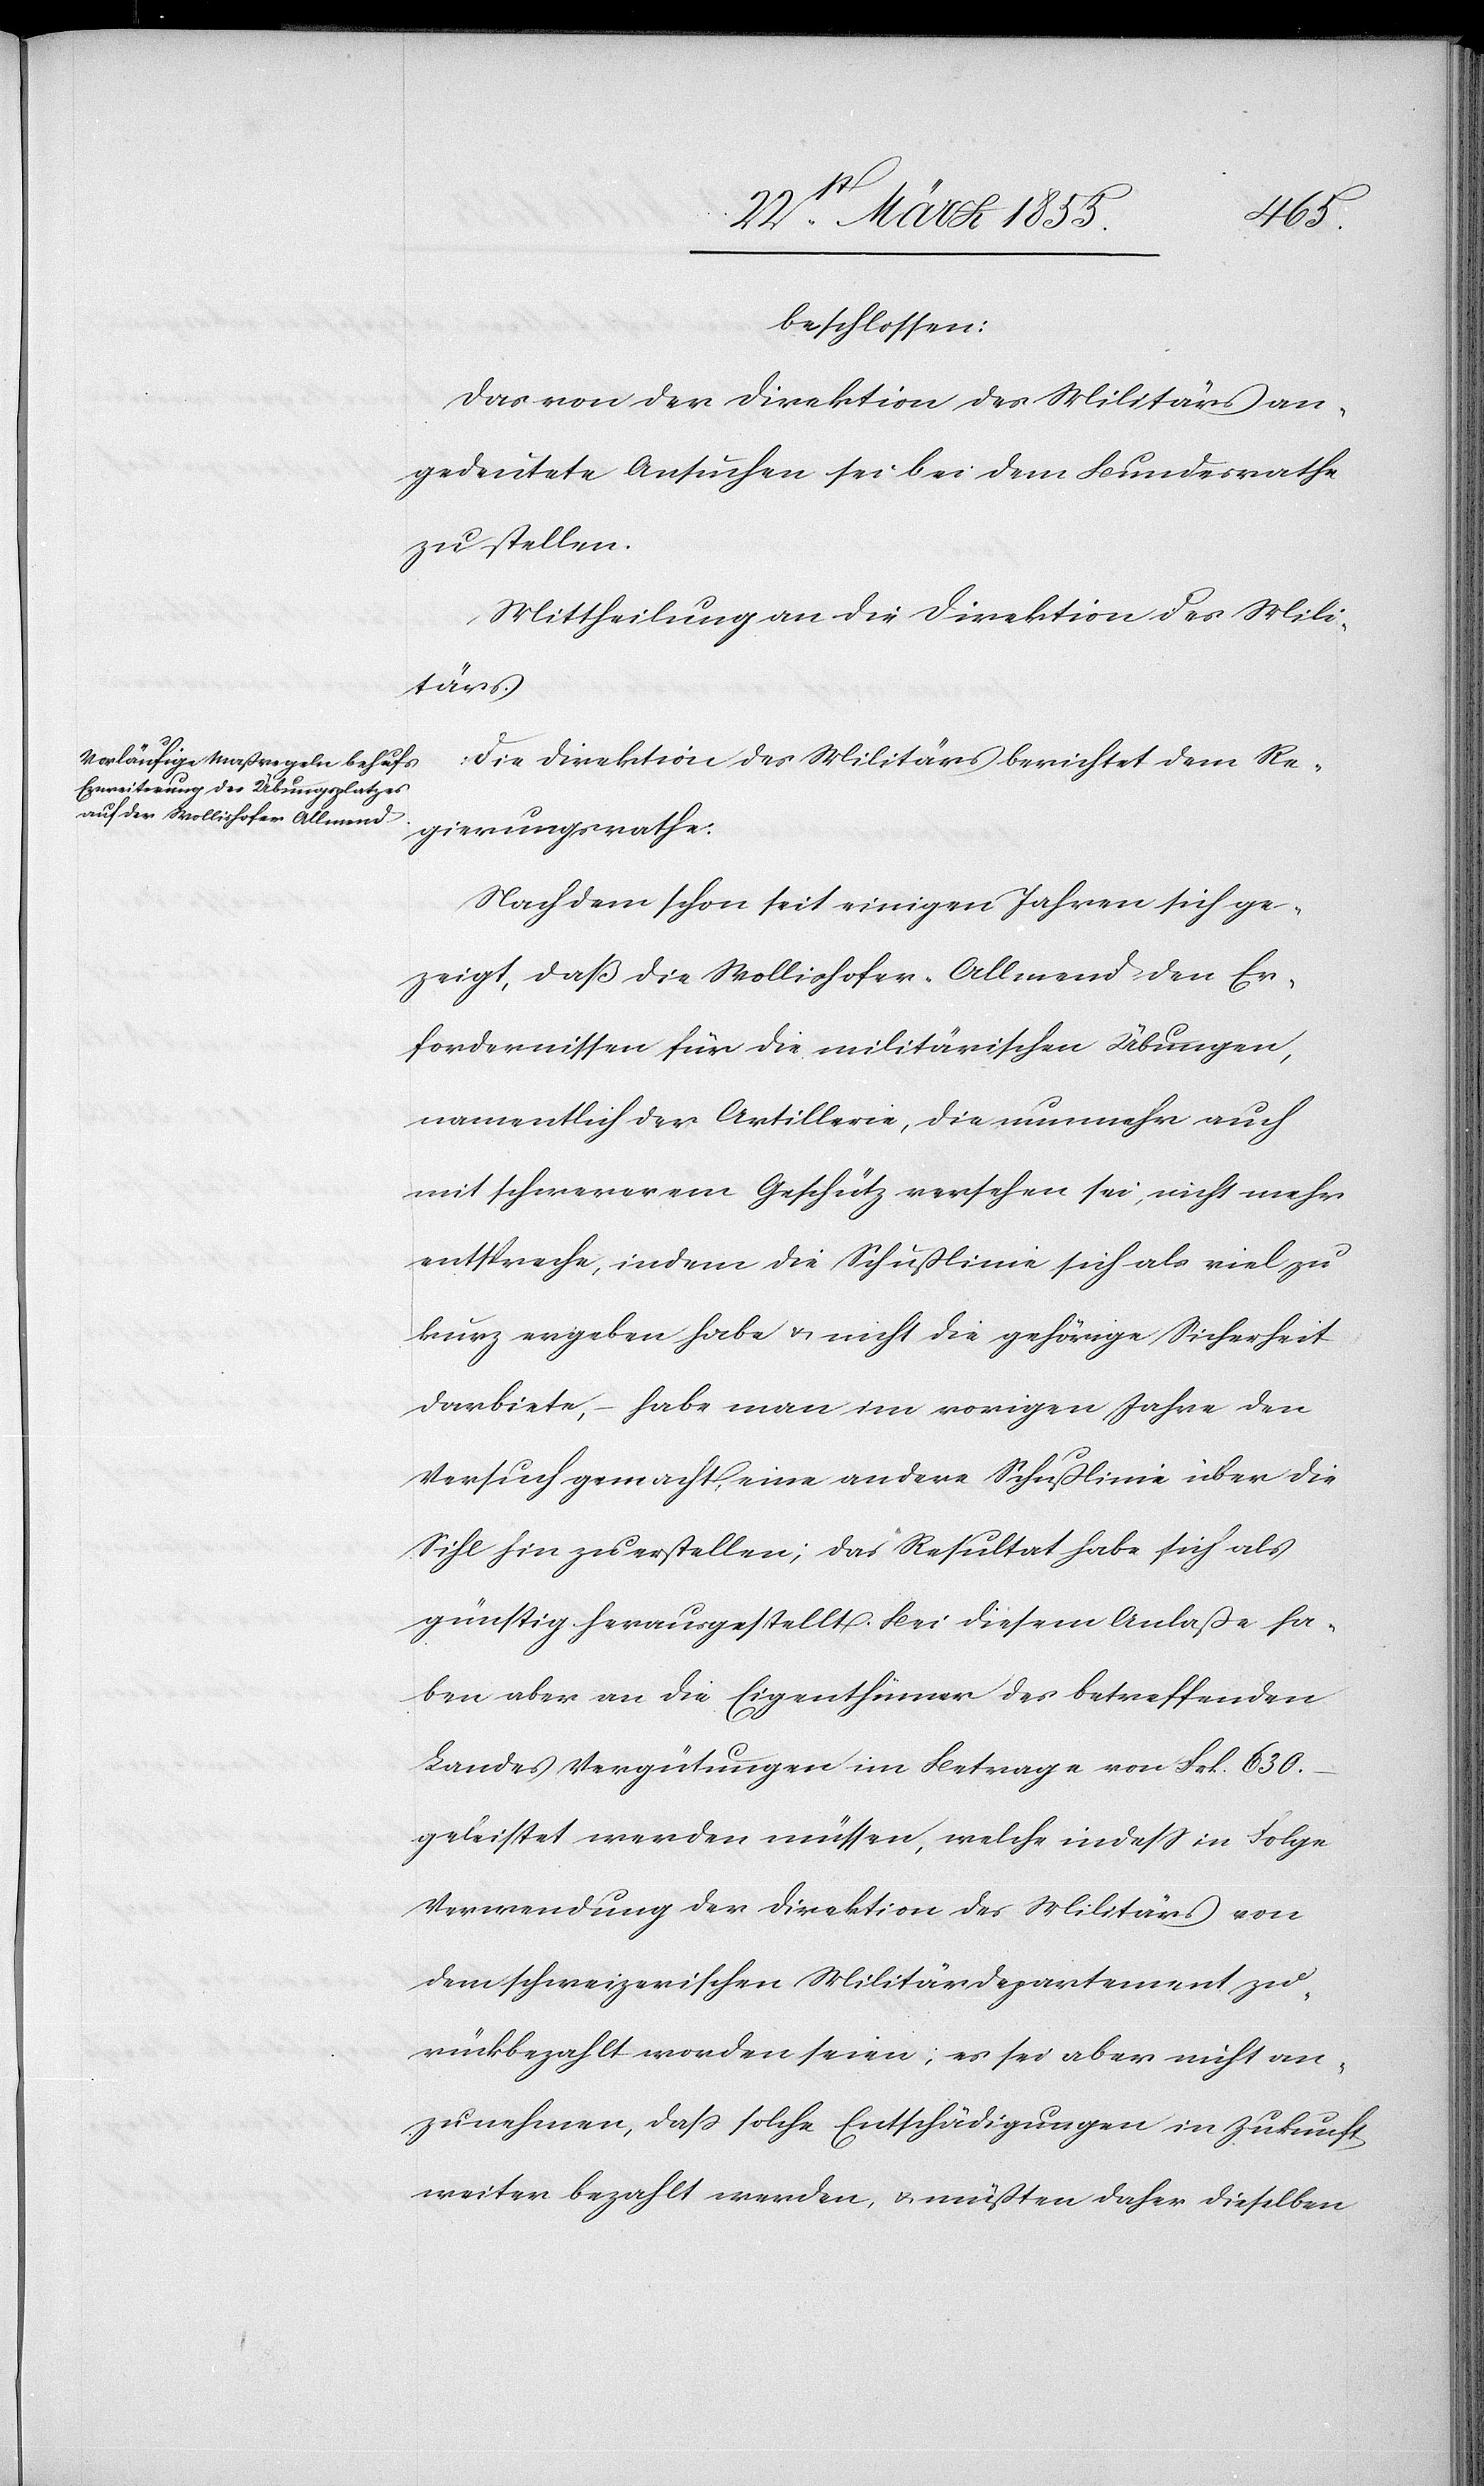
beschlossen:
Das von der Direktion des Militärs an¬
gedeutete Ansuchen sei bei dem Bundesrathe
zu stellen.
Mittheilung an die Direktion des Mili¬
tärs.
Die Direktion des Militärs berichtet dem Re¬
gierungsrathe:
Nachdem schon seit einigen Jahren sich ge¬
zeigt, daß die Wollishofer-Allmend den Er¬
fordernissen für die militärischen Übungen,
namentlich der Artillerie, die nunmehr auch
mit schwererem Geschütz versehen sei, nicht mehr
entspreche, in dem die Schußlinie sich als viel zu
kurz ergeben habe & nicht die gehörige Sicherheit
darbiete, – habe man im vorigen Jahre den
Versuch gemacht, eine andere Schußlinie über die
Sihl hin zu erstellen; das Resultat habe sich als
günstig herausgestellt. Bei diesem Anlaße ha¬
ben aber an die Eigenthümer des betreffenden
Landes Vergütungen im Betrage von Frk. 630.
geleistet werden müssen, welche indess in Folge
Verwendung der Direktion des Militärs von
dem schweizerischen Militärdepartement zu¬
rückbezahlt worden seien; es sei aber nicht an¬
zunehmen, dass solche Entschädigungen in Zukunft
weiter bezahlt werden, & müßten daher dieselben